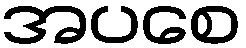
အပစေ